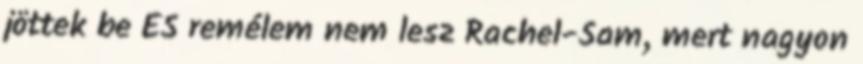
jöttek be ÉS remélem nem lesz Rachel-Sam, mert nagyon